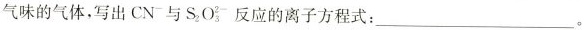
气味的气体，写出CN^{-}与S_{2}O_{3}^{2-}反应的离子方程式：___ 。